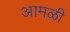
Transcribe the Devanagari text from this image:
आमळी